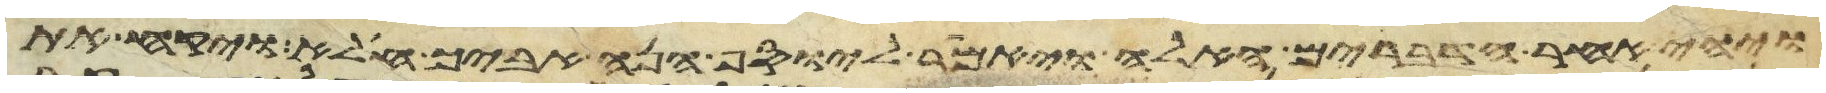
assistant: ויהי אחר הדברים האלה ויאמר ליוסף הנה אביך חלה ויקח את